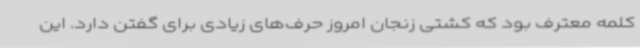
کلمه معترف بود که کشتی زنجان امروز حرف‌های زیادی برای گفتن دارد. این